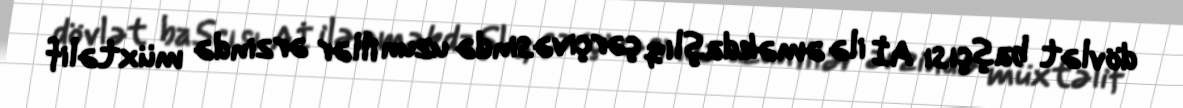
dövlət başçısı Aİ ilə əməkdaşlıq çərçivəsində uzun illər ərzində müxtəlif